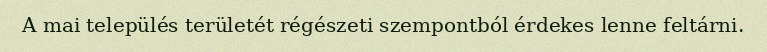
A mai település területét régészeti szempontból érdekes lenne feltárni.